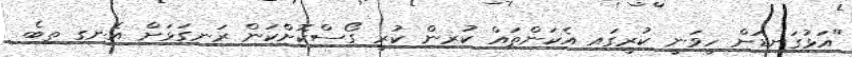
"އަޅުގަނޑަށް ހީވަނީ ކުރީގައި އެކަންތައް ކުރިން ކުރީ ގޯސްކޮށްކަން ރަނގަޅަށް އެނގި ތިބެ